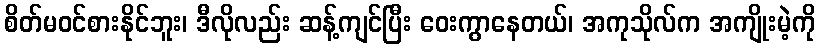
စိတ်မဝင်စားနိုင်ဘူး၊ ဒီလိုလည်း ဆန့်ကျင်ပြီး ဝေးကွာနေတယ်၊ အကုသိုလ်က အကျိုးမဲ့ကို